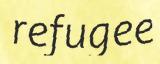
refugee